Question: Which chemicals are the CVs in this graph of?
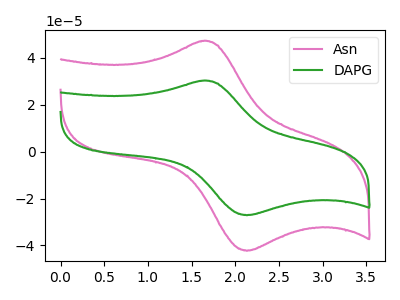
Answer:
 <answer>The pink curve is labeled "Asn". The green curve is labeled "DAPG".</answer>
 <eval></eval>